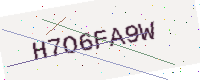
Text: H7O6FA9W